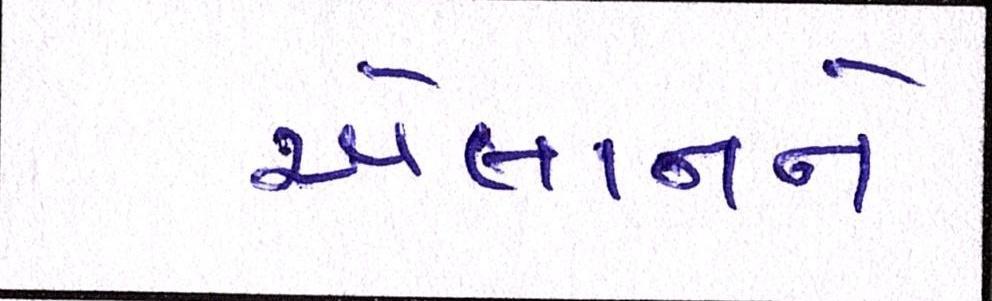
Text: એલાનને